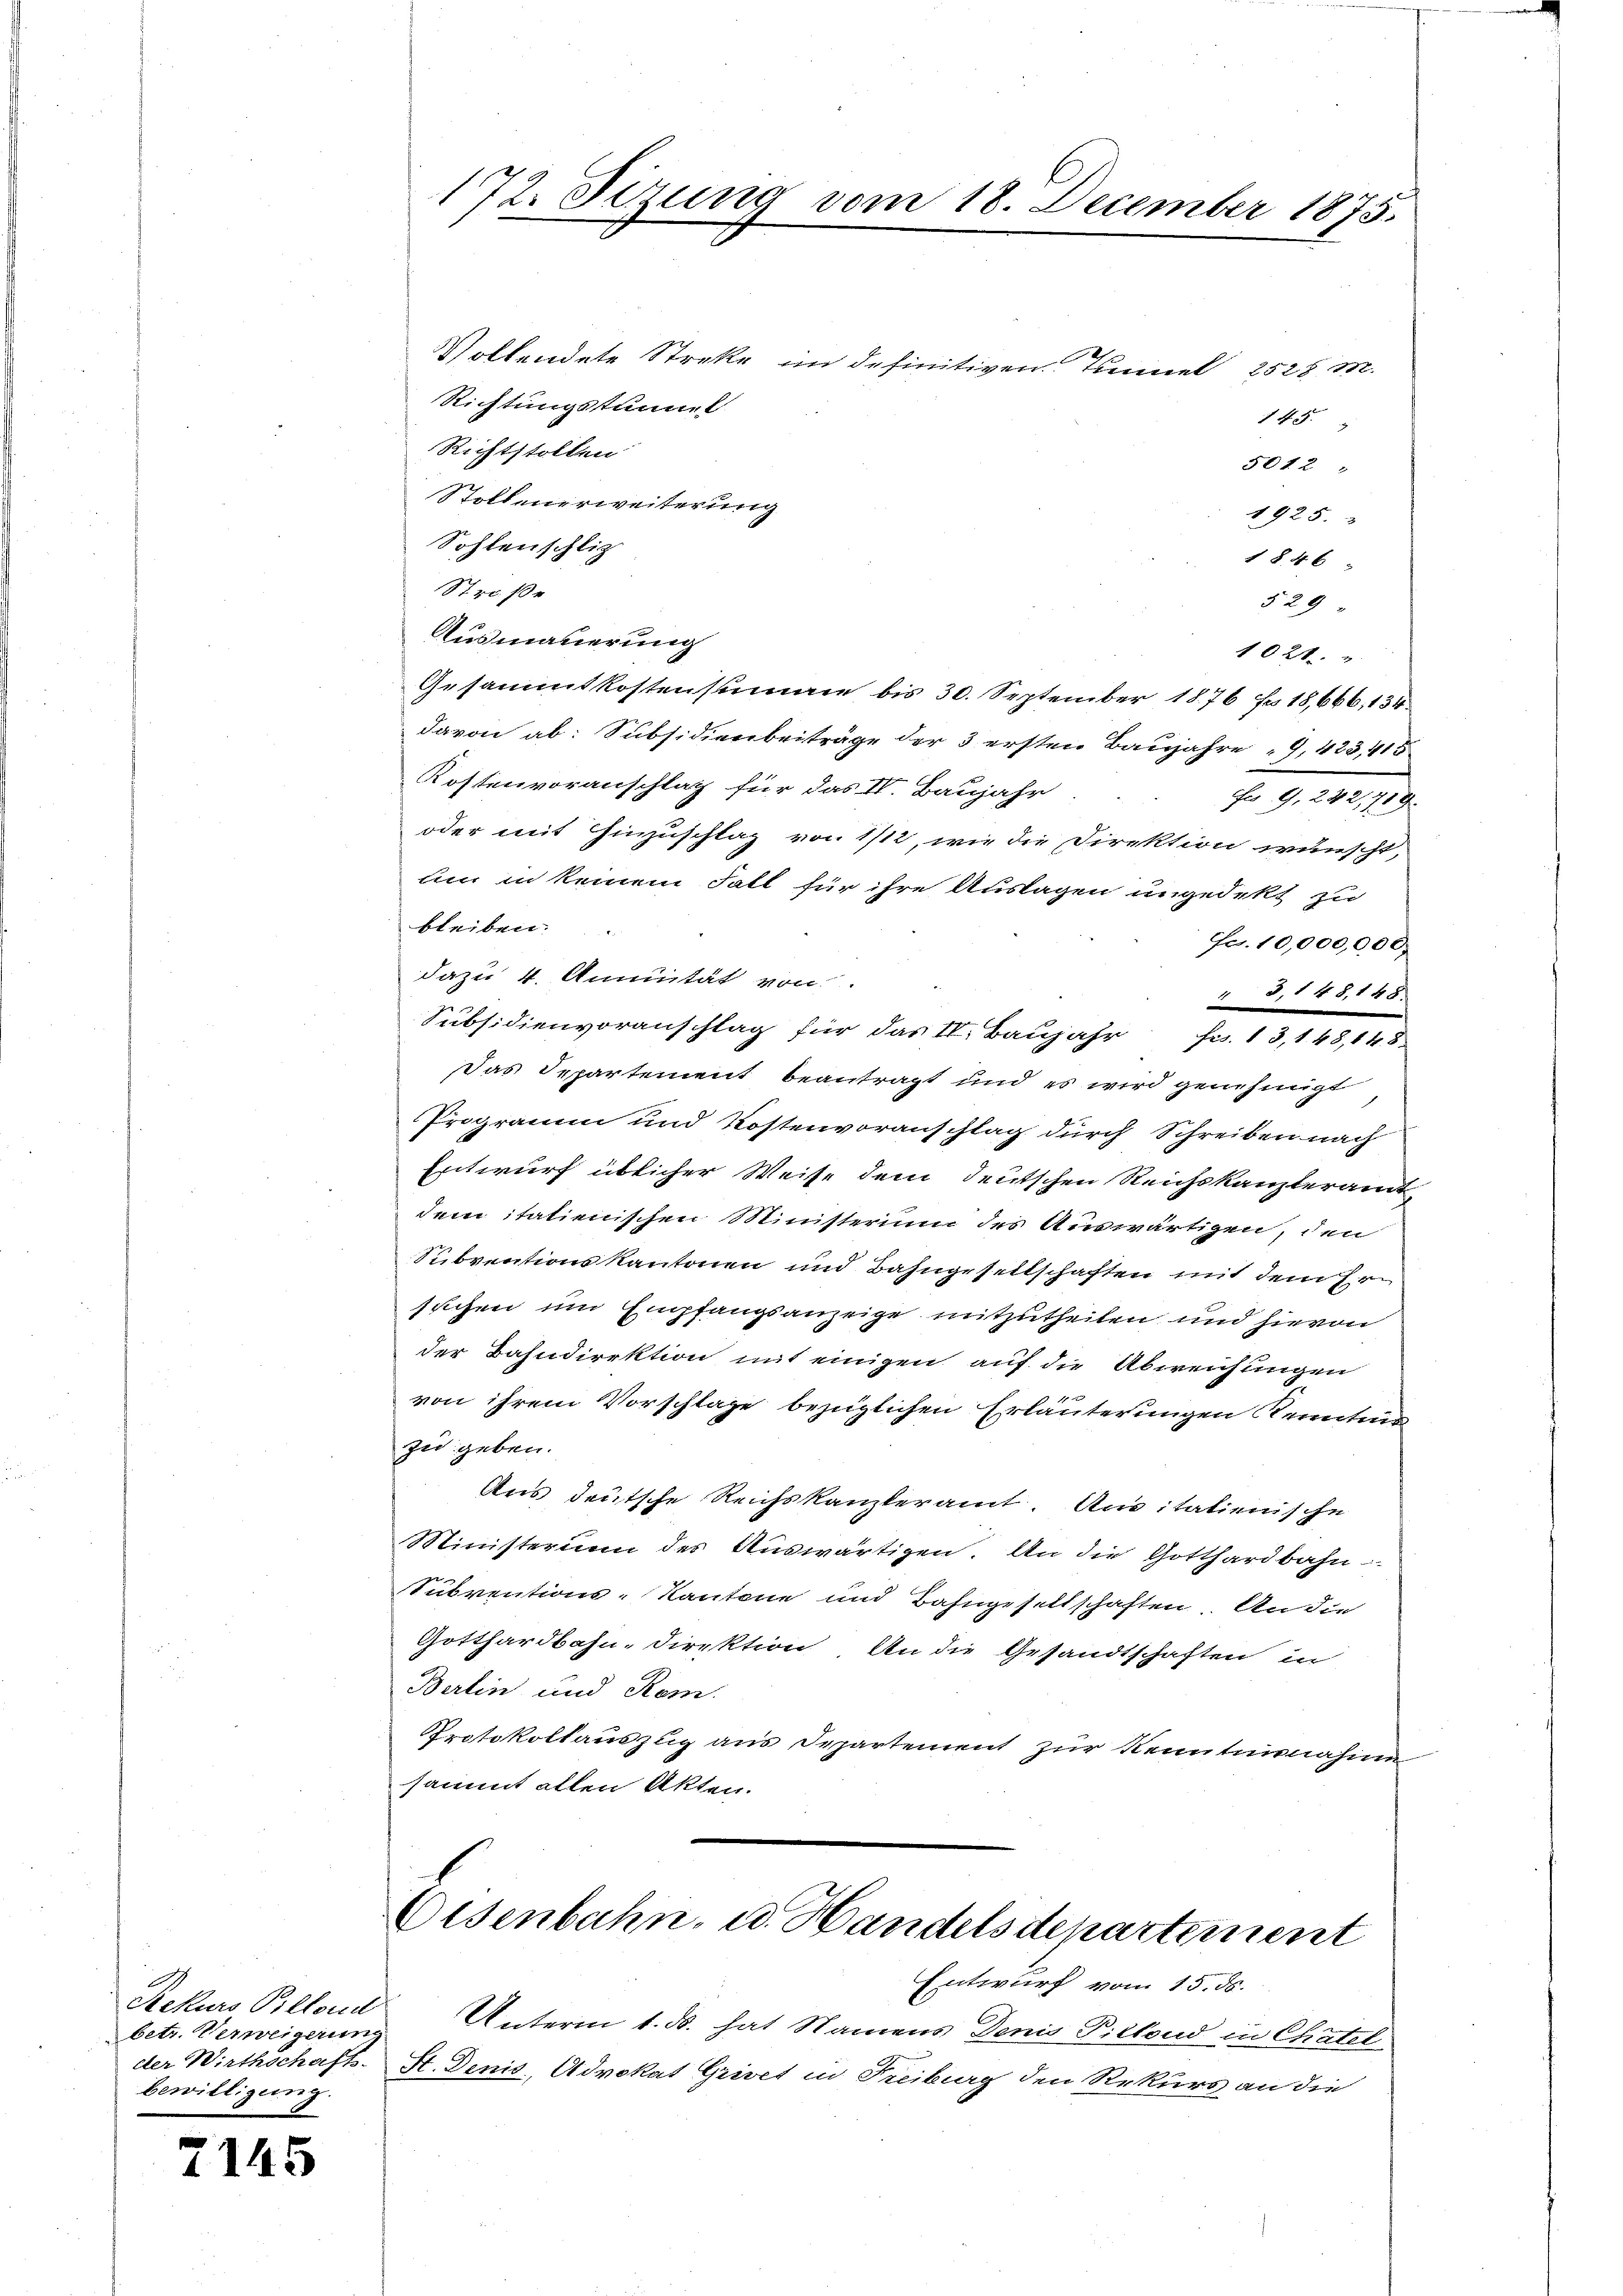
A
Sekurs Pillond
betr. Verweigerung
bewilligung.

7145

172. Sizung vom 18. December 1875.

Vollendete Streke im definitiven. Tunnel 2528 M.
Richtungstunnel
145.
Richtstollen
5012
Stoltenerweiterung
1925.
Sohlenschlig
1846
Straße
§ 29
Ausmauerung
1021.
Gesammtkostensumme bis 30. September 1876 f 18,666, 134
davon ab: Subsidienbeiträge der 3 ersten Baujahre „9, 423, 415
Kostenvoranschlag für das IV. Baujahr
Fo 9, 222,719.
oder mit Hinzuschlag von 1712, wie die Direktion wünscht,
um in keinem Fall für ihre Auslagen ungedekt zu
bleiben.
Fr. 10,000,000,
dazu 4. Annuität von
43, 148, 148.
Subsidienvoranschlag für das II. Baujahr Fr. 13,148, 148.
Das Departement beantragt und es wird genehmigt
Programm und Kostenvoranschlag durch Schreiben nach
Entwurf üblicher Weise dem deutschen Reichskanzteramt
dem itatienischen Ministerium des Auswärtigen, den
Subventionskantonen und Bahngesellschaften mit dem Ersuchen um Empfangsanzeige mitzutheilen und hievon
der Bahndirektion mit einigen auf die Abweichungen
von ihrem Vorschlage bezüglichen Erläuterungen Kenntnis
zu geben.
Aus deutsche Reichskanzleramt. Aus italienische
Ministerium des Auswärtigen. An die Gotthardbahn
Subventions-Kantone und Bahngesellschaften. An die
Gotthardbahn-Direktion An die Gesandtschaften in
Berlin und Rom.
Protokollauszug aus Departement zur Kenntnisnahm
sammt allen Akten.

Eisenbahn, u. Handels departement
Entwurf vom 15. ds.

Unterm 1. ds. hat Namens Denis Pillend in Chatel
der Wirthschafts-St. Denis, Advokat Grivet in Freiburg den Rekurs an die